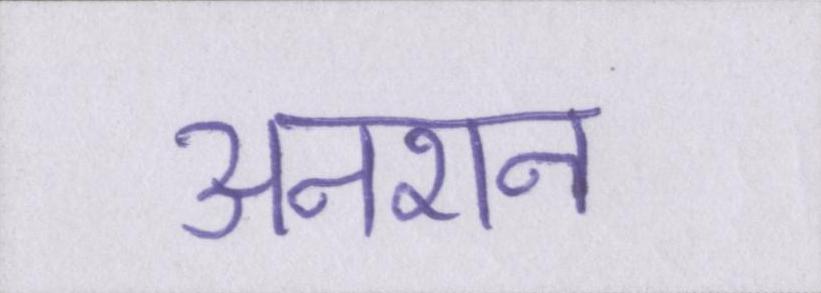
अनशन